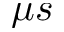
\mu s